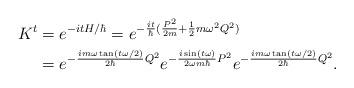
LaTeX: \begin{align*}K^t &=e^{-itH/\hbar}=e^{-\frac{it}{\hbar}(\frac{P^2}{2m}+\frac{1}{2}m\omega^2Q^2)}\\&=e^{-\frac{im\omega\tan(t\omega/2)}{2\hbar}Q^2}e^{-\frac{i\sin(t\omega)}{2\omega m\hbar}P^2}e^{-\frac{im\omega\tan(t\omega/2)}{2\hbar}Q^2}.\end{align*}